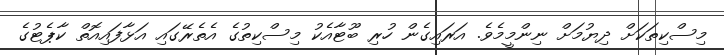
މިސްކިތަކަށް ދިޔުމަށް ނިންމީމެވެ. އަރައިގެން ހުރި ބޫޓާއެކު މިސްކިތުގެ އެތެރޭގައި އަޅާފައިއޮތް ކާޕެޓުގެ